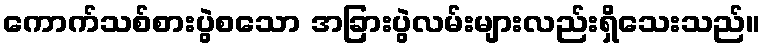
ကောက်သစ်စားပွဲစသော အခြားပွဲလမ်းများလည်းရှိသေးသည်။